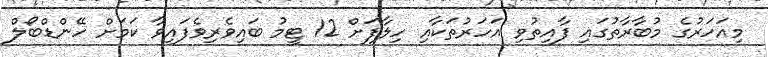
މިއަހަރުގެ މުބާރާތުގައި ފާއިތުވި އަހަރުތަކާއި ހިލާފަށް 12 ޓީމު ބައިވެރިވެފައިވާ ކަމަށް ހޭންޑްބޯލް